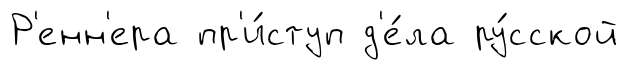
Р'енн'ера пр'и́ступ д'е́ла ру́сской